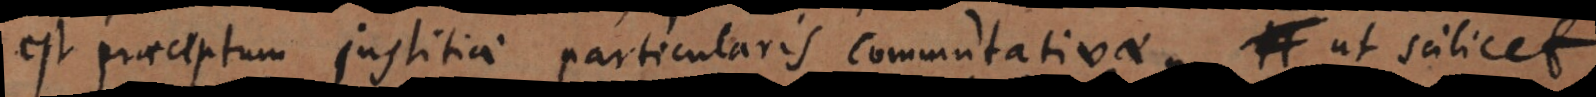
est praeceptum justitiae particularis commutativae, ut scilicet